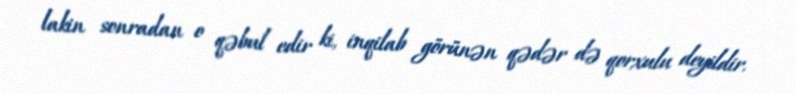
lakin sonradan o qəbul edir ki, inqilab görünən qədər də qorxulu deyildir.